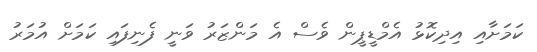
ކަމަށާއި އިދިކޮޅު އެމްޑީޕީން ވެސް އެ މަންޒަރު ވަނީ ފެނިފައި ކަމަށް އުމަރު